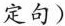
定句)